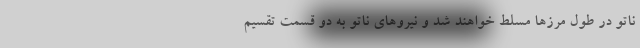
ناتو در طول مرزها مسلط خواهند شد و نیروهای ناتو به دو قسمت تقسیم